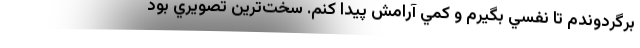
برگردوندم تا نفسي بگيرم و كمي آرامش پيدا كنم. سخت‌ترين تصويري بود